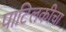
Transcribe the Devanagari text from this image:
पाटिलकीचा